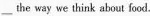
___the way we think about food.